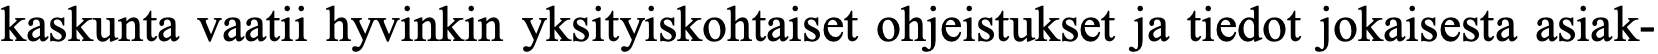
kaskunta vaatii hyvinkin yksityiskohtaiset ohjeistukset ja tiedot jokaisesta asiak-